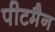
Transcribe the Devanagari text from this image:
पीटमैन